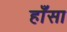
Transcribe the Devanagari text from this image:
हाँसा